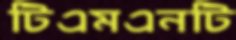
টিএমএনটি